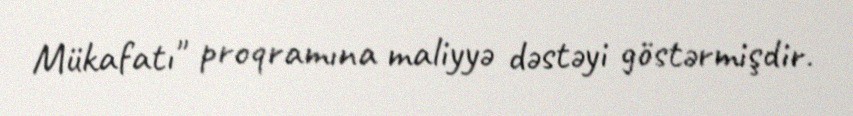
Mükafatı" proqramına maliyyə dəstəyi göstərmişdir.